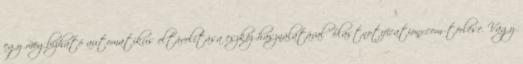
egy megbízható automatikus eltávolítása eszköz használatával Blastnotificationx.com törlése. Vagy